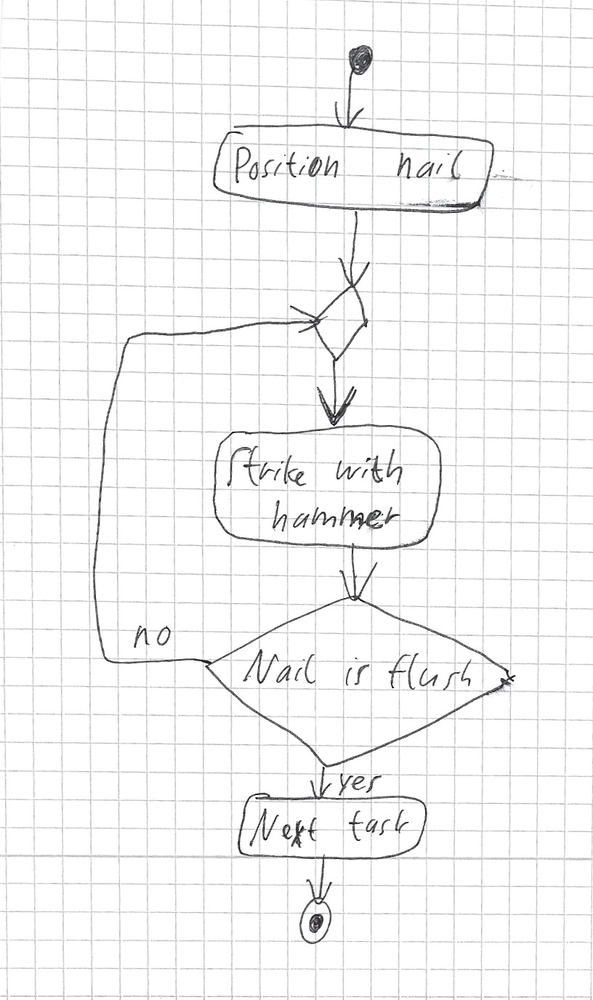
Diagram type: activity_diagram
```plantuml
@startuml

start
:Position nail;
repeat
  :Strike with hammer;
repeat while (Nail is flush) is (no) not (yes)
:Next task;
stop

@enduml
```